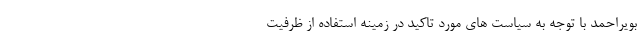
بویراحمد با توجه به سیاست های مورد تاکید در زمینه استفاده از ظرفیت